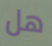
هل